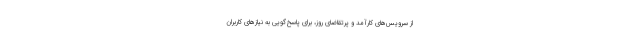
از سرویس‌های کارآمد و پرتقاضای روز، برای پاسخ‌گویی به نیازهای کاربران